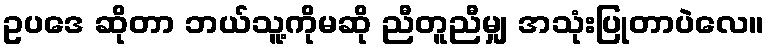
ဥပဒေ ဆိုတာ ဘယ်သူ့ကိုမဆို ညီတူညီမျှ အသုံးပြုတာပဲလေ။